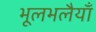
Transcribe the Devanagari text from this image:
भूलभलैयाँ